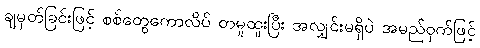
ချမှတ်ခြင်းဖြင့် စစ်တွေကောလိပ် တမူထူးပြီး အလျှင်းမရှိပဲ အမည်ဝှက်ဖြင့်